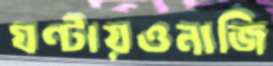
ঘণ্টায়ওনাজি